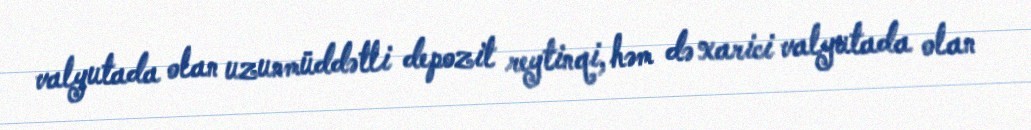
valyutada olan uzunmüddətli depozit reytinqi, həm də xarici valyutada olan